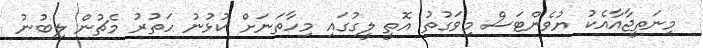
މިނަތީޖާއާއެކު ޔުވެންޓަސް މިވަގުތު އޮތީ ލީގުގައި މިހާތަނަށް ކުޅުނު ހަތުރު މެޗުން ލިބުނު